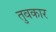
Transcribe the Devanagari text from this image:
तुवकार